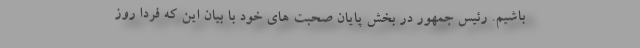
باشیم. رئیس جمهور در بخش پایان صحبت های خود با بیان این که فردا روز